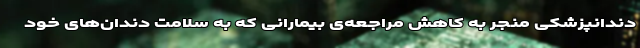
دندانپزشکی منجر به کاهش مراجعه‌ی بیمارانی که به سلامت دندان‌های خود